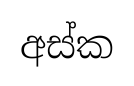
අස්ක